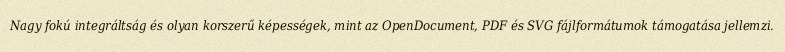
Nagy fokú integráltság és olyan korszerű képességek, mint az OpenDocument, PDF és SVG fájlformátumok támogatása jellemzi.